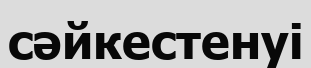
сәйкестенуі